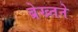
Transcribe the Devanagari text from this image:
ब्रेख्तने